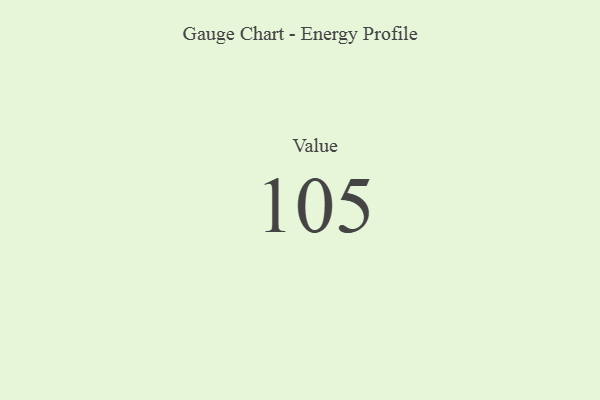
{"axis": {"x": "Metric", "y": "Value"}, "legend": [""], "data": [{"x": "Value", "y": 105, "type": ""}]}